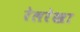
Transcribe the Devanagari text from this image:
रेलरेखा